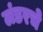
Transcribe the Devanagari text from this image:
लंडरचे